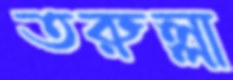
তরুল্লা